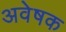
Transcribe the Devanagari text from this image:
अवेषक